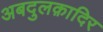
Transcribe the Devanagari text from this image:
अबदुलक़ादिर